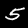
Digit: 5